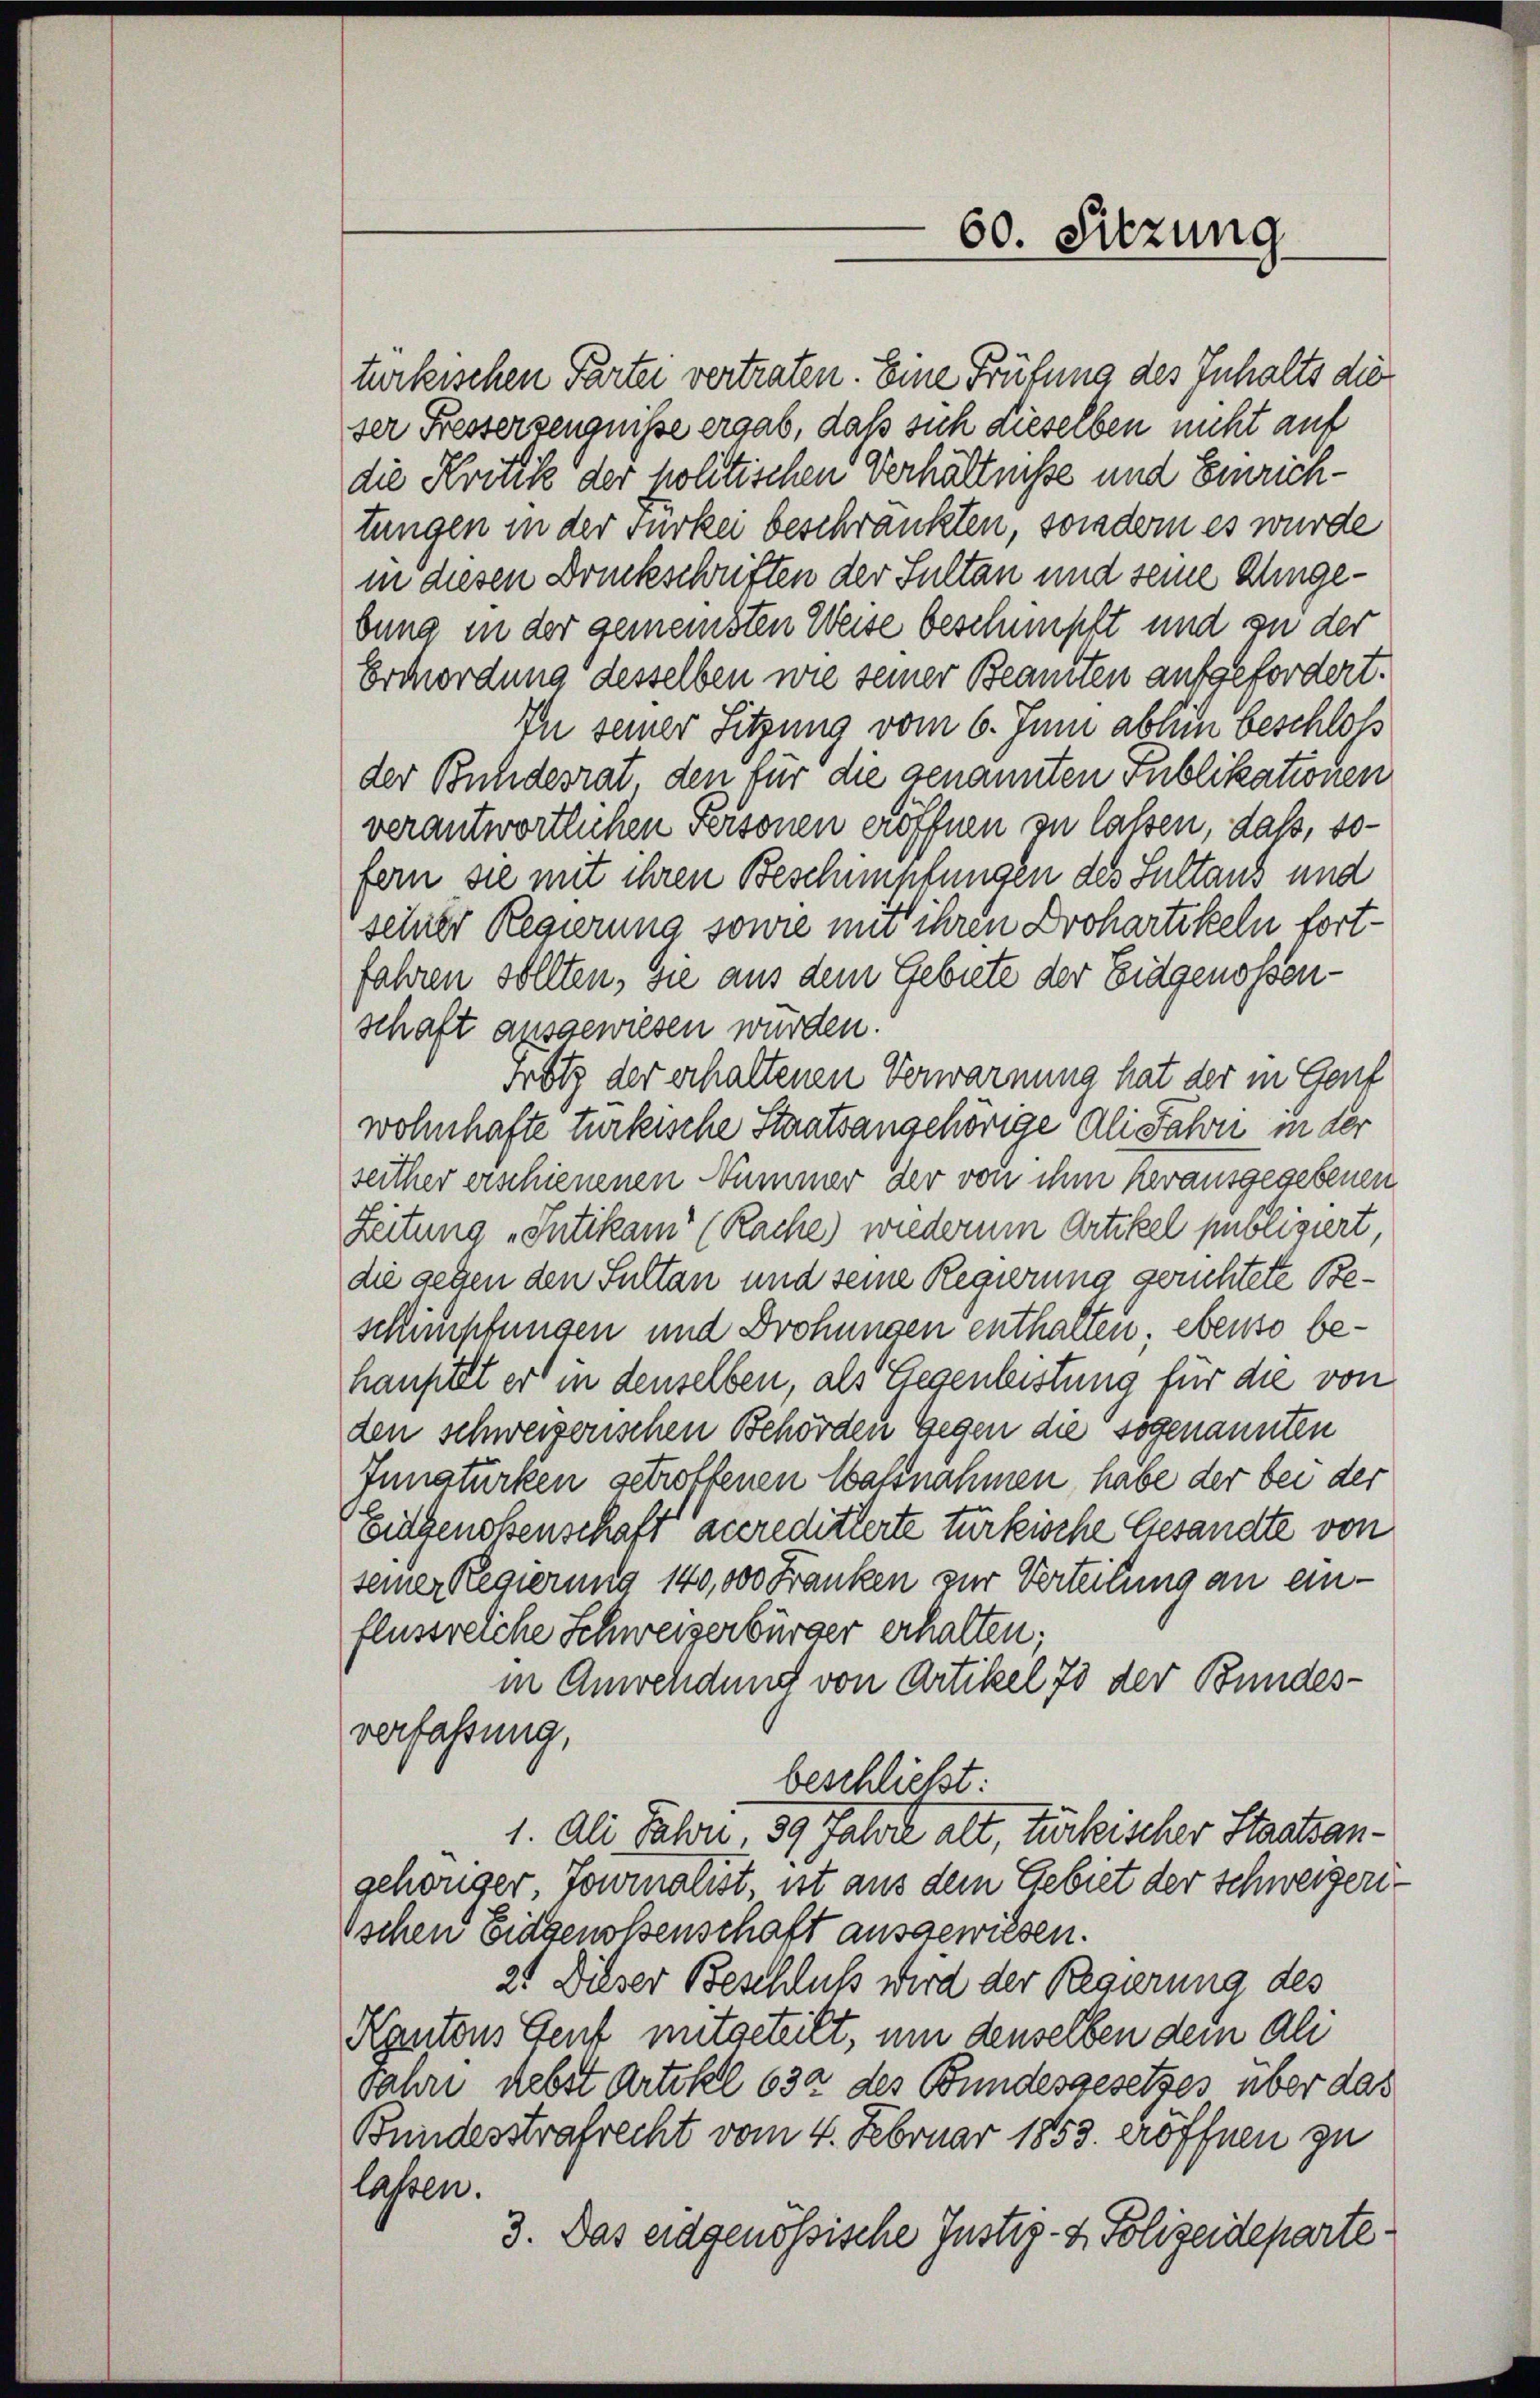
türkischen Partei vertraten. Eine Prüfung des Inhalts die
ser Fresserzeugnisse ergab, daß sich dieselben nicht auf
die Kritik der politischen Verhältnisse und Einrichtungen in der Furkei beschränkten, sondern es wurde
in diesen Druckschriften der Sultan und seine Zungebung in der gemeinsten Weise beschimpft und zu der
Ermordung desselben wie seiner Beamten aufgefordert.
In seiner Sitzung vom 6. Juni abten beschloß
der Bundesrat den für die genannten Publikationen
verantwortlichen Personen eröffnen zu lassen, daß, sofern sie mit ihren Beschimpfungen des Sultaus und
sehner Regierung sowie mit ihren Drohartikeln fortfahren sollten, sie aus dem Gebiete der Eidgenossenschaft ausgewiesen würden.
srotz der erhaltenen Verwarnung hat der in Genf
wohnhafte türkische Staatsangehörige Ali Fahre in der
seither erschienenen Nummer der von ihm herausgegebenen
Zeitung „Intikam (Rache) wiederum Artikel publiziert,
die gegen den Sultan und seine Regierung gerichtete Beschimpfungen und Drohungen enthalten; ebenso behauptet er in denselben, als Gegenleistung für die von
den schweizerischen Behörden Gegen die sogenannten
Innaturken getroffenen Wassnahmen habe der bei der
Eidgenoßenschaft accreditierte türkische Gesandte von
seiner Regierung 140,000 Franken zur Verteilung an einflussreiche Schweizerbürger erhalten;
in Anwendung von Artikel 75 der Bundesverfassung,
beschließt:
1. Ali Jahre, 59 Jahre alt, türkischer Staatsangehöriger, Journalist, ist aus dem Gebiet der Schweizeri¬
Ischen Eidgenossenschaft ausgewiesen.
2. Dieser Beschluß wird der Regierung des
Kantons Gent mitgeteilt, um denselben dem ali
Jahre nebst Artikel 632 des Bundesgesetzes über das
Bundesstrafrecht vom 4. Februar 1853. eröffnen zu
lassen.
3. Das eidgenössische Justiz- & Polizeideparte

60. Sitzung